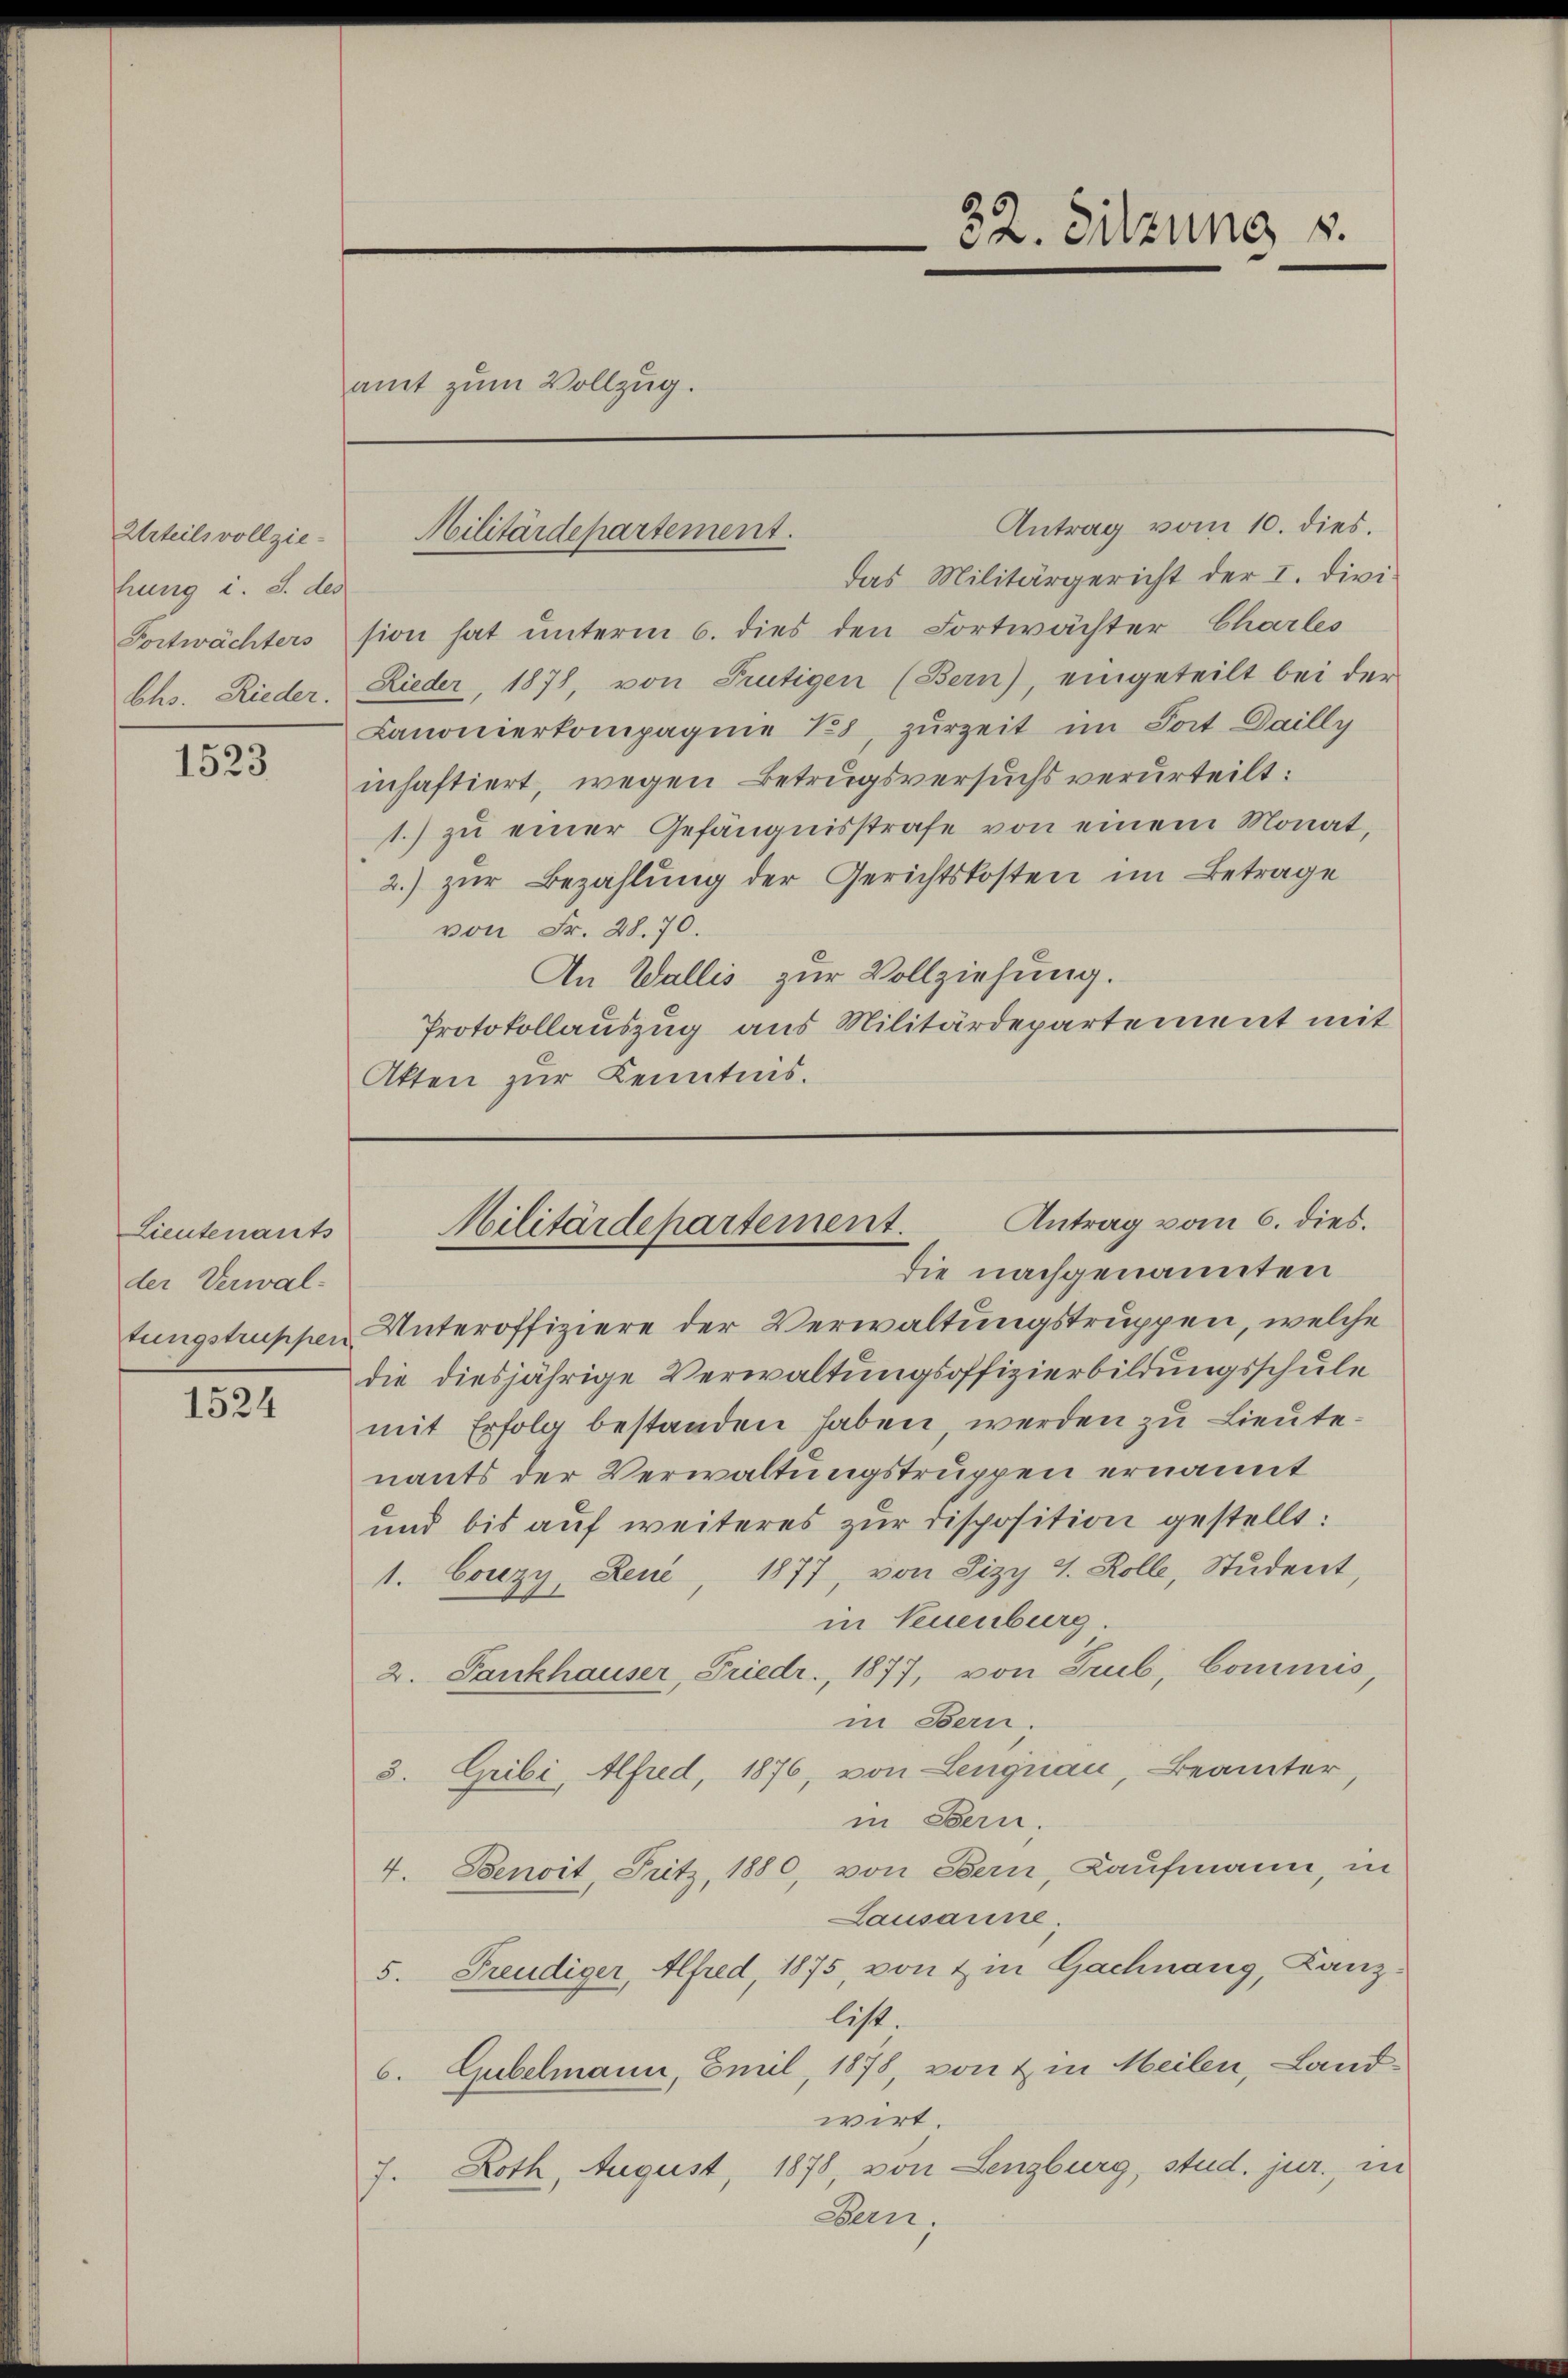
Urteils vollziehung i. S. des
Chs. Rieder.

1523

Lieutenants
der Verwal-
tungstruppen

1524

amt zum Vollzug.

Militärdepartement.

Antrag vom 10. dies.
das Militärgericht der I. Divi
Portwächters sion hat unterm 6. dies den Fortwächter Charles
Rieder, 1878, von Frutigen (Bern), eingeteilt bei der
Canonierkompagnie 18, zurzeit im Post Dailly
inhaftiert, wegen Betrugsversuchs verurteilt:
1.) zu einer Gefängnisstrafe von einem Monat,
2.) zur Bezahlung der Gerichtskosten im Betrage
von Fr. 28. 70.
An Wallis zur Vollziehung.
Protokollauszug aus Militärdepartement mit
Atten zur Kenntnis.

32. Sitzung 8.

Antrag vom 6. dies.
Militärdepartement.
die nachgenannten

Unteroffiziere der Verwaltungstruppen, welche
die diesjährige Verwaltungsoffizierbildungsschule
mit Erfolg bestanden haben, werden zu Lieutenants der Verwaltungstruppen ernannt
und bis auf weiteres zur Disposition gestellt:
1. Conzy, Reue, 1877, von Pizy 4. Kolle, Student,
in Neuenburg.
2. Fankhauser, Friedr., 1877, von Trub, Commis,
in Bern.
3. Gribi, Alfred, 1876, von Lengnau, Beamter,
in Bern,
4. Benoit, Fritz, 1880, von Bern, Kaufmann, in
Lausanne
5. Freudiger, Alfred, 1875, von & in Gachnang, Kanzlist.
6. Gubelmann, Emil, 1878, von & in Meilen, Land-
wirt
1878, von Lenzburg, stud. jur. in
7. Roth, August,
Bern.